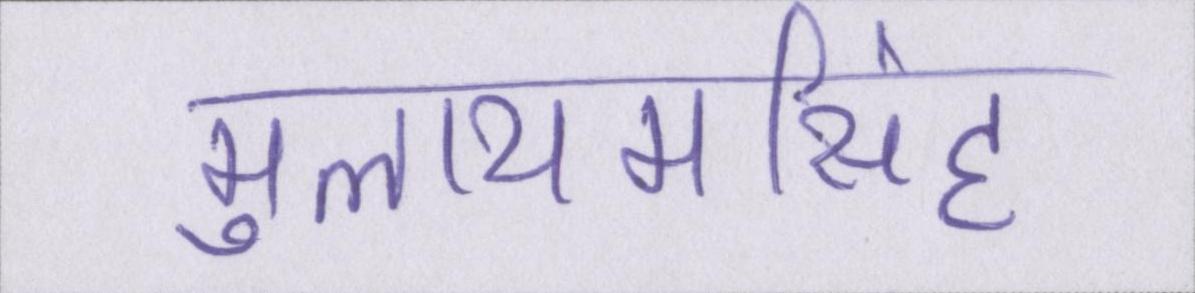
मुलायमसिंह